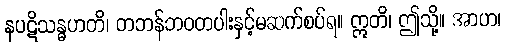
နပဋိသန္ဓဟတိ၊ တဘန်ဘဝတပါးနှင့်မဆက်စပ်ရ။ ဣတိ၊ ဤသို့။ အာဟ၊